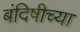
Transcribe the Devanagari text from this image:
बंदिषीच्या